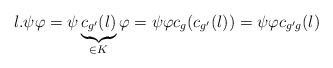
\begin{align*}l. \psi \varphi=\psi \underbrace{c_{g'}(l)}_{\in K}\varphi=\psi \varphi c_{g}(c_{g'}(l))=\psi \varphi c_{g'g}(l)\end{align*}